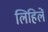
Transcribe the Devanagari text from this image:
लिहिलें